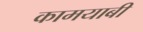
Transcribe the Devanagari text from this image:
कामयाबी